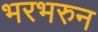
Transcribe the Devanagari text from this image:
भरभरुन